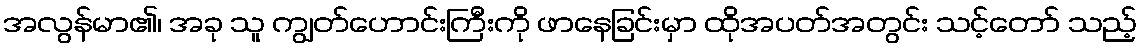
အလွန်မာ၏၊ အခု သူ ကျွတ်ဟောင်းကြီးကို ဖာနေခြင်းမှာ ထိုအပတ်အတွင်း သင့်တော် သည့်